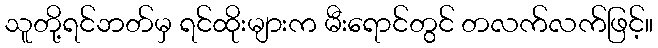
သူတို့ရင်ဘတ်မှ ရင်ထိုးများက မီးရောင်တွင် တလက်လက်ဖြင့်။